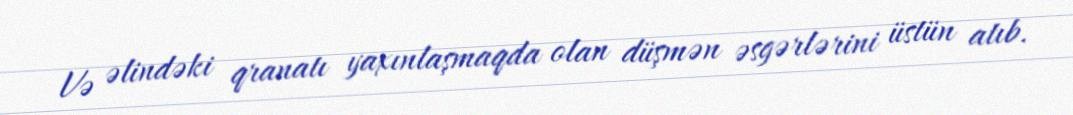
Və əlindəki qranatı yaxınlaşmaqda olan düşmən əsgərlərini üstün atıb.